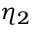
\eta _ { 2 }